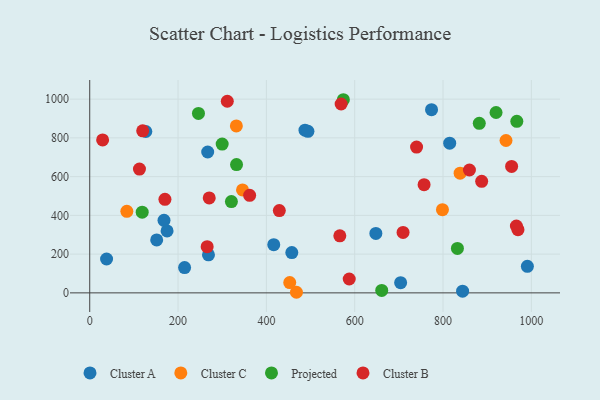
{"axis": {"x": "Ad Spend", "y": "Yield"}, "legend": ["Cluster A", "Cluster B", "Cluster C", "Projected"], "data": [{"x": "457.6", "y": 207.9, "type": "Cluster A"}, {"x": "267.1", "y": 727.1, "type": "Cluster A"}, {"x": "844.3", "y": 8.5, "type": "Cluster A"}, {"x": "268.9", "y": 196.4, "type": "Cluster A"}, {"x": "487.4", "y": 839.8, "type": "Cluster A"}, {"x": "815.1", "y": 772.6, "type": "Cluster A"}, {"x": "175.1", "y": 319.6, "type": "Cluster A"}, {"x": "168.2", "y": 374.2, "type": "Cluster A"}, {"x": "704.0", "y": 52.4, "type": "Cluster A"}, {"x": "151.6", "y": 273.2, "type": "Cluster A"}, {"x": "494.1", "y": 834.0, "type": "Cluster A"}, {"x": "214.8", "y": 130.4, "type": "Cluster A"}, {"x": "647.9", "y": 306.9, "type": "Cluster A"}, {"x": "38.1", "y": 174.9, "type": "Cluster A"}, {"x": "127.0", "y": 832.9, "type": "Cluster A"}, {"x": "774.0", "y": 945.7, "type": "Cluster A"}, {"x": "991.0", "y": 137.2, "type": "Cluster A"}, {"x": "416.7", "y": 248.9, "type": "Cluster A"}, {"x": "942.6", "y": 786.5, "type": "Cluster C"}, {"x": "838.7", "y": 617.7, "type": "Cluster C"}, {"x": "798.7", "y": 429.6, "type": "Cluster C"}, {"x": "346.0", "y": 531.4, "type": "Cluster C"}, {"x": "468.1", "y": 3.0, "type": "Cluster C"}, {"x": "452.9", "y": 52.9, "type": "Cluster C"}, {"x": "332.0", "y": 861.8, "type": "Cluster C"}, {"x": "84.0", "y": 420.8, "type": "Cluster C"}, {"x": "661.2", "y": 12.6, "type": "Projected"}, {"x": "118.8", "y": 416.3, "type": "Projected"}, {"x": "832.6", "y": 229.2, "type": "Projected"}, {"x": "882.1", "y": 875.1, "type": "Projected"}, {"x": "967.1", "y": 885.6, "type": "Projected"}, {"x": "299.9", "y": 767.9, "type": "Projected"}, {"x": "920.1", "y": 931.1, "type": "Projected"}, {"x": "574.3", "y": 997.0, "type": "Projected"}, {"x": "332.4", "y": 662.1, "type": "Projected"}, {"x": "320.8", "y": 471.1, "type": "Projected"}, {"x": "246.2", "y": 926.1, "type": "Projected"}, {"x": "969.7", "y": 326.2, "type": "Cluster B"}, {"x": "587.6", "y": 71.6, "type": "Cluster B"}, {"x": "757.1", "y": 558.6, "type": "Cluster B"}, {"x": "709.5", "y": 312.2, "type": "Cluster B"}, {"x": "887.5", "y": 576.0, "type": "Cluster B"}, {"x": "29.2", "y": 789.5, "type": "Cluster B"}, {"x": "270.6", "y": 489.9, "type": "Cluster B"}, {"x": "170.3", "y": 482.9, "type": "Cluster B"}, {"x": "311.5", "y": 989.0, "type": "Cluster B"}, {"x": "859.8", "y": 634.3, "type": "Cluster B"}, {"x": "966.1", "y": 345.1, "type": "Cluster B"}, {"x": "429.3", "y": 425.0, "type": "Cluster B"}, {"x": "566.3", "y": 294.5, "type": "Cluster B"}, {"x": "112.6", "y": 639.0, "type": "Cluster B"}, {"x": "740.1", "y": 752.8, "type": "Cluster B"}, {"x": "119.9", "y": 836.4, "type": "Cluster B"}, {"x": "955.3", "y": 652.9, "type": "Cluster B"}, {"x": "362.1", "y": 503.6, "type": "Cluster B"}, {"x": "265.9", "y": 238.3, "type": "Cluster B"}, {"x": "569.3", "y": 974.9, "type": "Cluster B"}]}